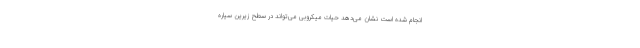
انجام شده است نشان می‌دهد حیات میکروبی می‌تواند در سطح زیرین سیاره